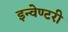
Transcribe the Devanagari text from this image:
इन्वेण्टरी